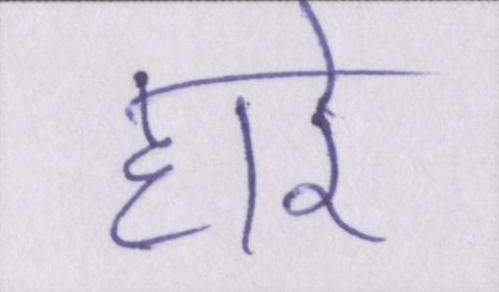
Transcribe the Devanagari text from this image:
हारे